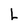
Character: L